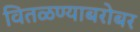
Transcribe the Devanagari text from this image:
वितळण्याबरोबर